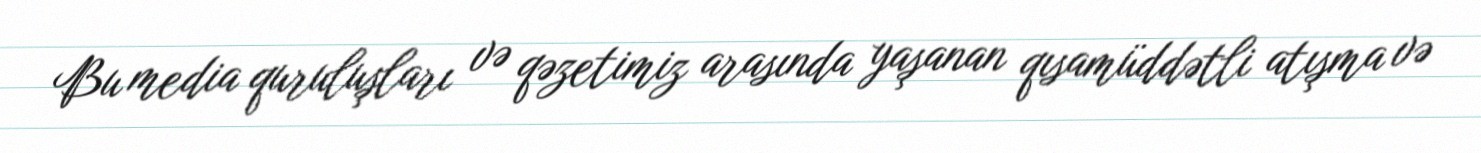
Bu media quruluşları və qəzetimiz arasında yaşanan qısamüddətli atışma və